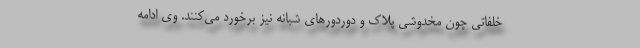
خلفاتی چون مخدوشی پلاک و دوردورهای شبانه نیز برخورد می‌کنند. وی ادامه